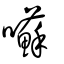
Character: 囌